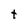
Character: t